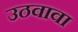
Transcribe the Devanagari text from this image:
उठवावा